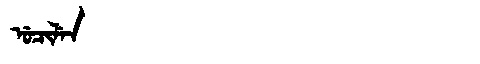
Manchu: ᡠᠴᡳᠯᡝᠨ
Romanization: UCILEN